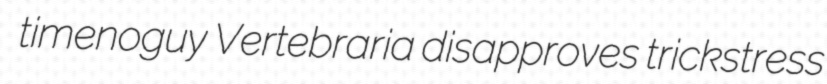
timenoguy Vertebraria disapproves trickstress